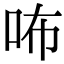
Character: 咘